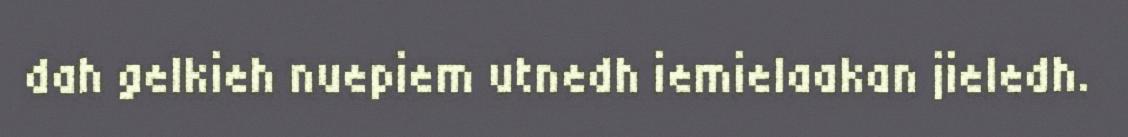
dah gelkieh nuepiem utnedh iemielaakan jieledh.